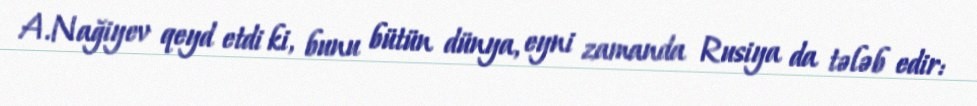
A.Nağiyev qeyd etdi ki, bunu bütün dünya, eyni zamanda Rusiya da tələb edir: